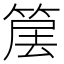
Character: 𥮱